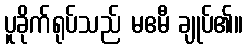
ပူခိုက်ရုပ်သည် မဧမီ ချုပ်၏။